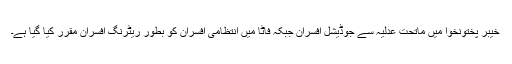
خیبر پختونخوا میں ماتحت عدلیہ سے جوڈیشل افسران جبکہ فاٹا میں انتظامی افسران کو بطور ریٹرنگ افسران مقرر کیا گیا ہے۔